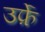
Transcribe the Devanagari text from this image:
उर्फ़े